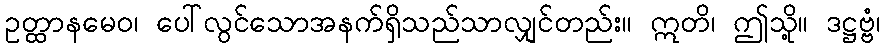
ဥတ္ထာနမေဝ၊ ပေါ်လွင်သောအနက်ရှိသည်သာလျှင်တည်း။ ဣတိ၊ ဤသို့။ ဒဋ္ဌဗ္ဗံ၊